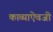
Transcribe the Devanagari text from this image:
काव्याऐवजी